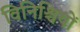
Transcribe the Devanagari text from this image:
विनिश्चियों